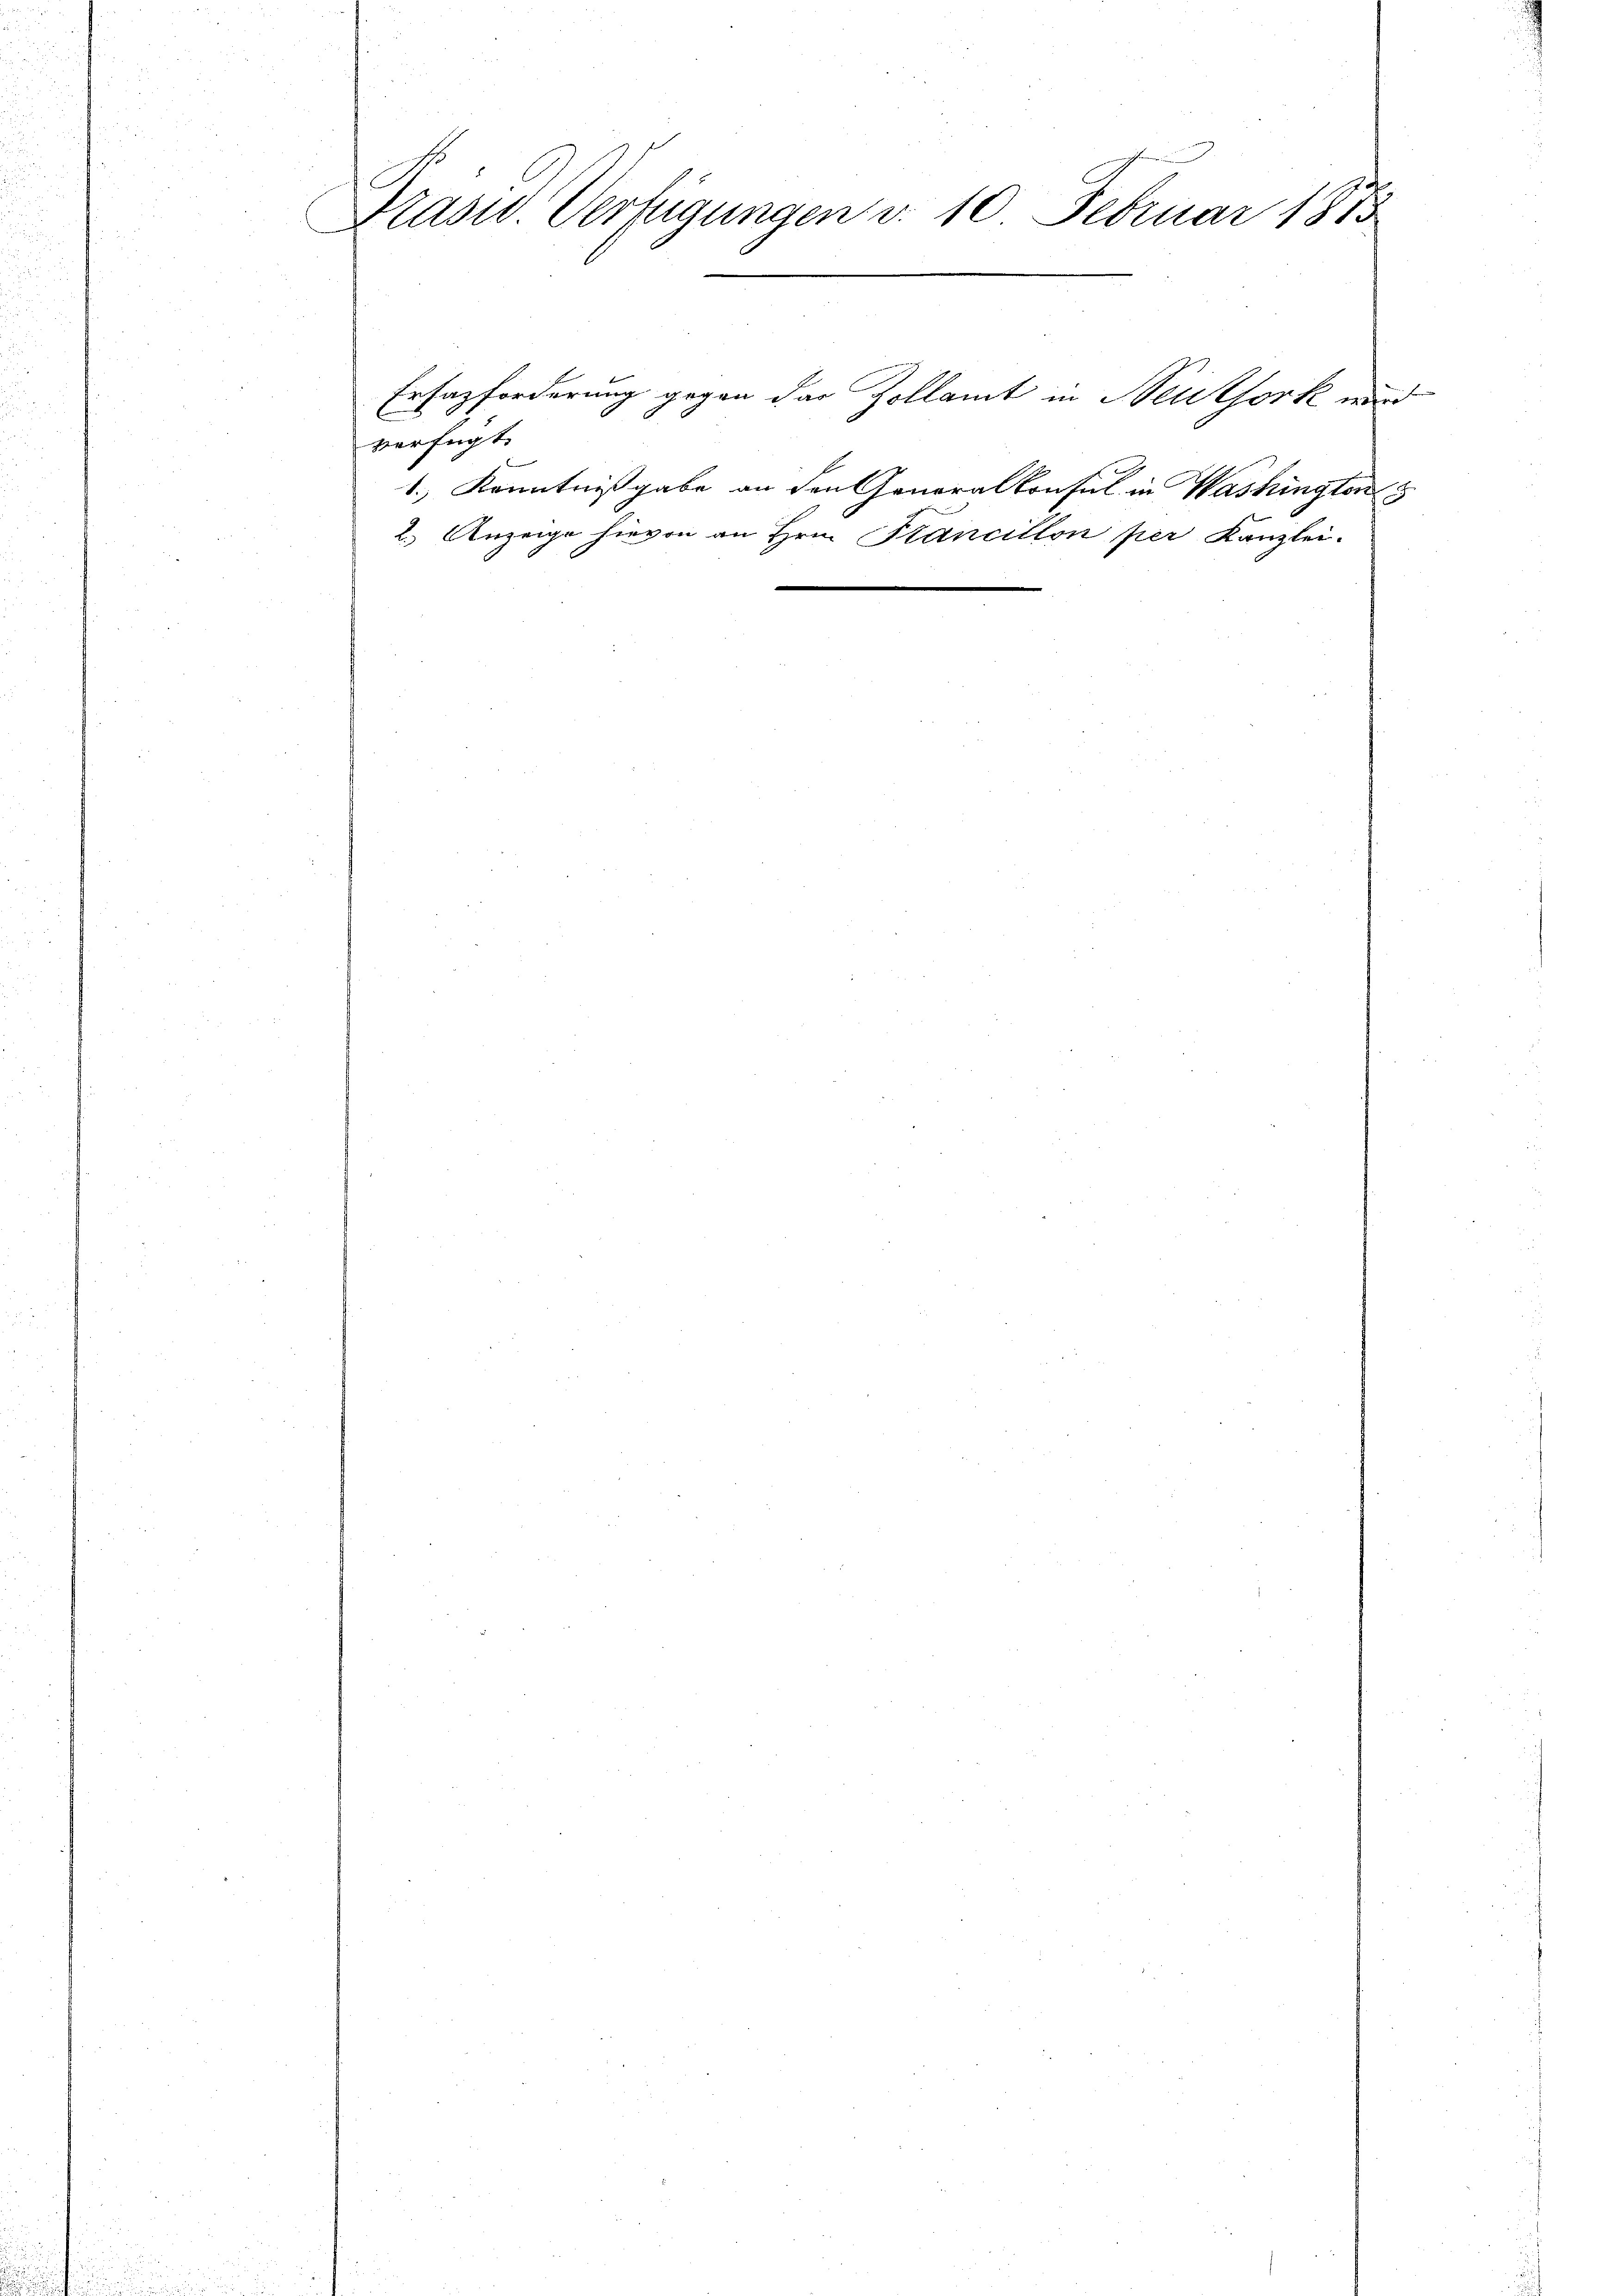
Präsid. Verfügungen d. 10 Februar 1873

verfügt:

Ersazforderung gegen das Zollamt in Neuthork wird

1.) Kenntnißgabe an den Generalkonsul in Washingten
2.) Anzeige hievon an Hrn. Krancillon per Kanzlei.